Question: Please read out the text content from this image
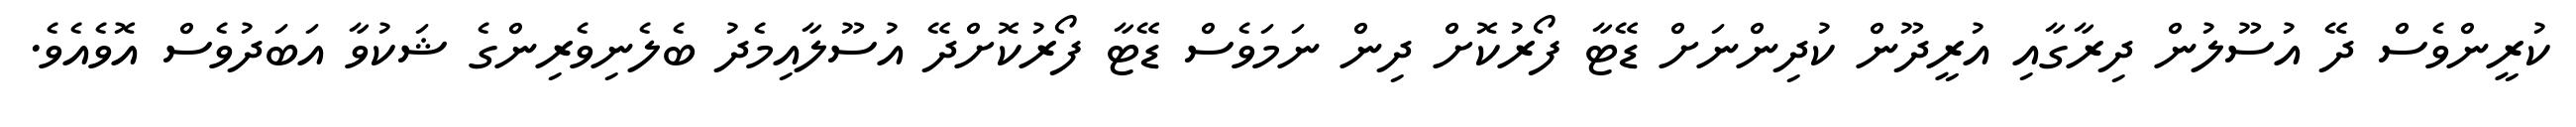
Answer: ކުރީންވެސް ދޭ އުސޫލުން ދިރާގާއި އުރީދޫން ކުދިންނަށް ޑޭޓާ ފޯރުކޮށް ދިން ނަމަވެސް ޑޭޓާ ފޯރުކޮށްދޭ އުސޫލާއިމެދު ބެލެނިވެރިންގެ ޝަކުވާ އަބަދުވެސް އޮވެއެވެ.